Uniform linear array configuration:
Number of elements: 32
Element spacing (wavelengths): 0.75
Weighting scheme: blackman
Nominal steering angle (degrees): -15
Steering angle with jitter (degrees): -14.903
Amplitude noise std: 0.05
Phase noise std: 0.05

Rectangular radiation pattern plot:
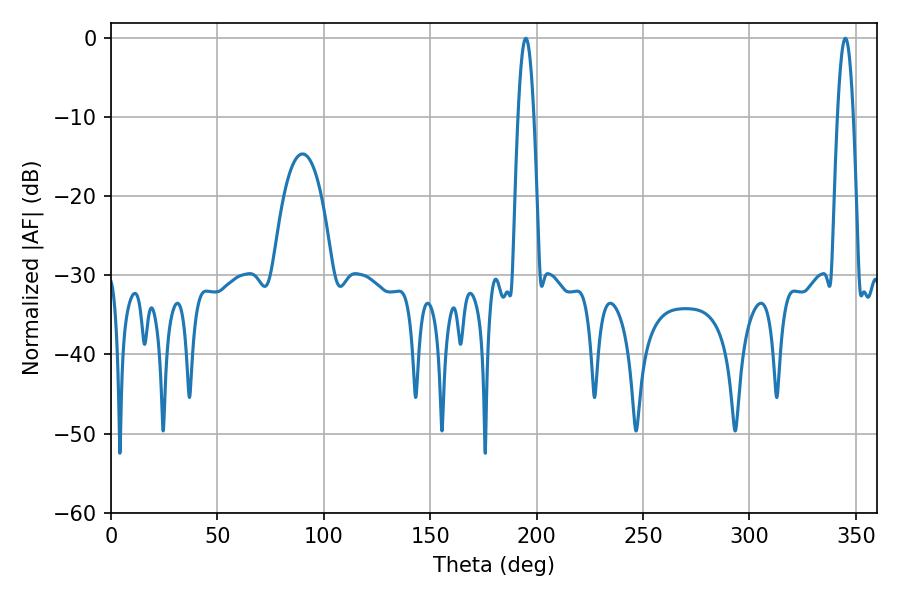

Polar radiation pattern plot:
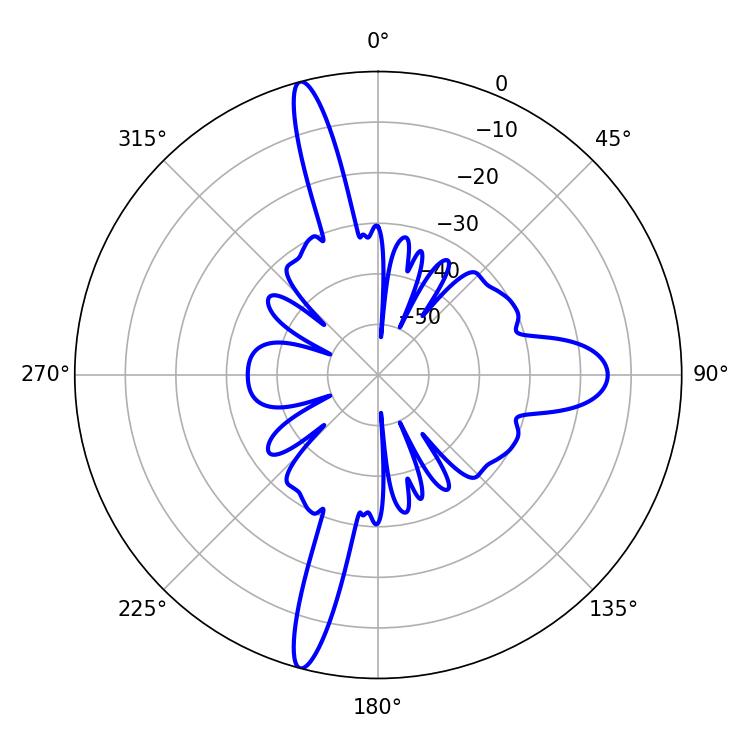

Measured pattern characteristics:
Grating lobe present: TRUE
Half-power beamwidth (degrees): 3.96
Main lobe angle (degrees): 194.94